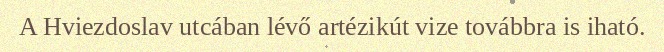
A Hviezdoslav utcában lévő artézikút vize továbbra is iható.